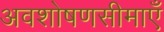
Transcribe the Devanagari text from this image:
अवशोषणसीमाएँ